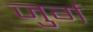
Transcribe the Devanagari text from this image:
जुर्ग